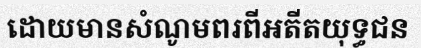
ដោយមានសំណូមពរពីអតីតយុទ្ធជន